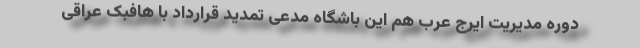
دوره مدیریت ایرج عرب هم این باشگاه مدعی تمدید قرارداد با هافبک عراقی